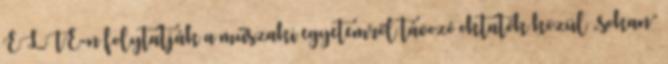
ELTE-n folytatják a műszaki egyetemről távozó oktatók közül „sokan”